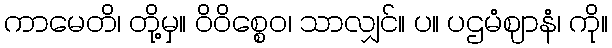
ကာမေတိ၊ တို့မှ။ ဝိဝိစ္စေဝ၊ သာလျှင်။ ပ။ ပဌမံဈာနံ၊ ကို။